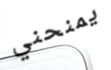
يمنحني